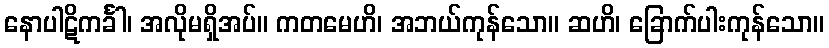
နောပါဋိကင်္ခါ၊ အလိုမရှိအပ်။ ကတမေဟိ၊ အဘယ်ကုန်သော။ ဆဟိ၊ ခြောက်ပါးကုန်သော။